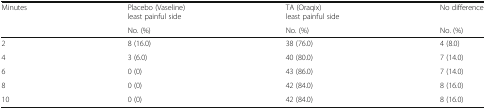
| <ROWSPAN=2> Minutes | Placebo (Vaseline) least painful side | TA (Oraqix) least painful side | No difference |
 | No. (%) | No. (%) | No. (%) |
 | --- | --- | --- | --- |
 | 2 | 8 (16.0) | 38 (76.0) | 4 (8.0) |
 | 4 | 3 (6.0) | 40 (80.0) | 7 (14.0) |
 | 6 | 0 (0) | 43 (86.0) | 7 (14.0) |
 | 8 | 0 (0) | 42 (84.0) | 8 (16.0) |
 | 10 | 0 (0) | 42 (84.0) | 8 (16.0) |